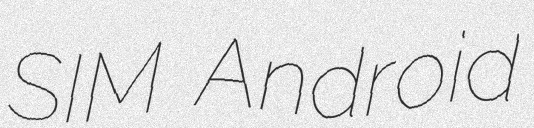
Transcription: SIM Android